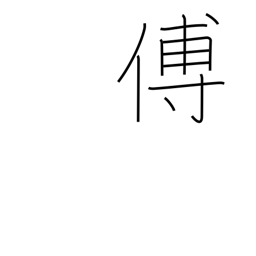
Meaning: tutor